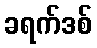
ခရက်ဒစ်